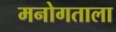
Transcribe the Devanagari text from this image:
मनोगताला